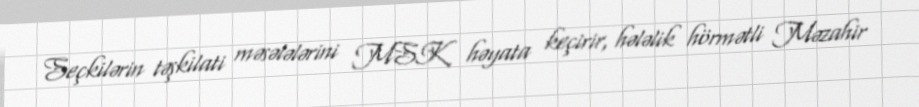
Seçkilərin təşkilati məsələlərini MSK həyata keçirir, hələlik hörmətli Məzahir